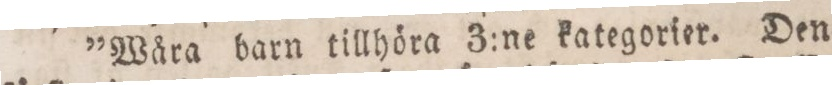
»Wåra barn tillhöra 3:ne kategorier. Den